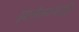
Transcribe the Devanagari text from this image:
झालेल्यांचाहि